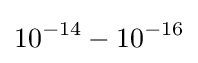
10^{-14}-10^{-16}